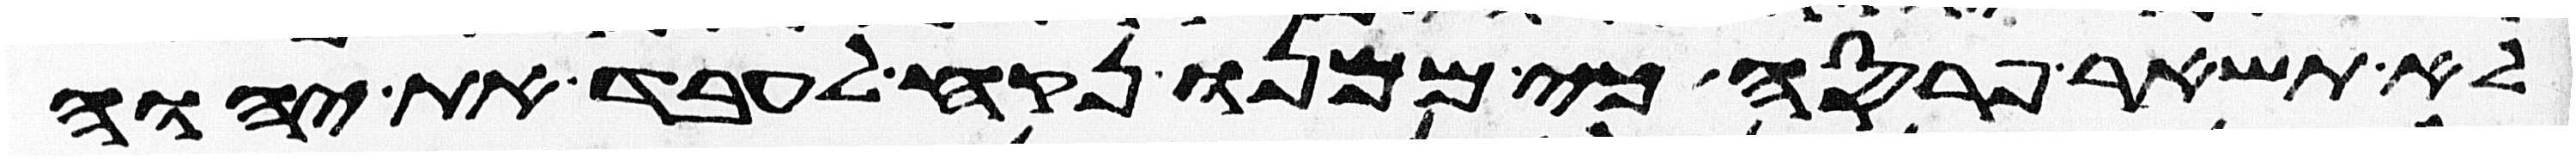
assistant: לא תשאר פרסה כי ממנו נקח לעבד את יהוה